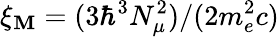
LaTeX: \xi_{\mathbf{M}}=(3\hbar^{3}N_{\mu}^{2})/(2m_{e}^{2}c)